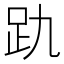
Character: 𮛂